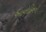
આયોડિનની